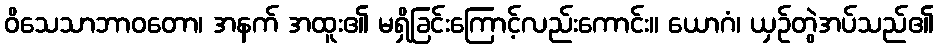
ဝိသေသာဘာဝတော၊ အနက် အထူး၏ မရှိခြင်းကြောင့်လည်းကောင်း။ ယောဂံ၊ ယှဉ်တွဲအပ်သည်၏